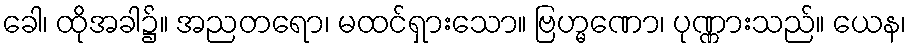
ခေါ၊ ထိုအခါ၌။ အညတရော၊ မထင်ရှားသော။ ဗြဟ္မဏော၊ ပုဏ္ဏားသည်။ ယေန၊